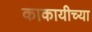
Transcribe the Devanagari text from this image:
काकायीच्या